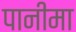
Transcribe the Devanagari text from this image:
पानीमा